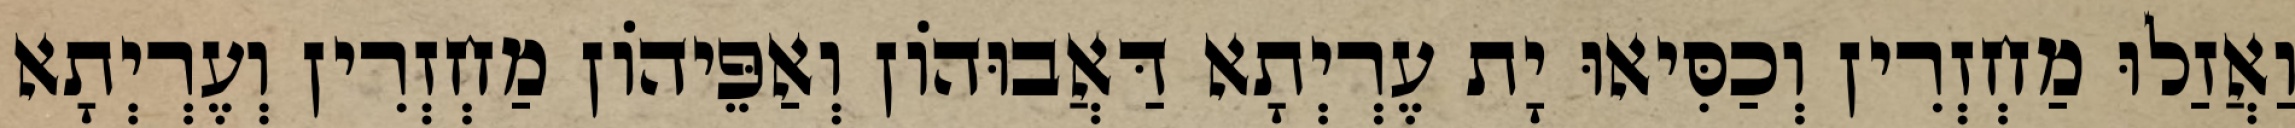
וַאֲזַלוּ מַחְזְרִין וְכַסִּיאוּ יָת עֶרְיְתָא דַּאֲבוּהוֹן וְאַפֵּיהוֹן מַחְזְרִין וְעֶרְיְתָא